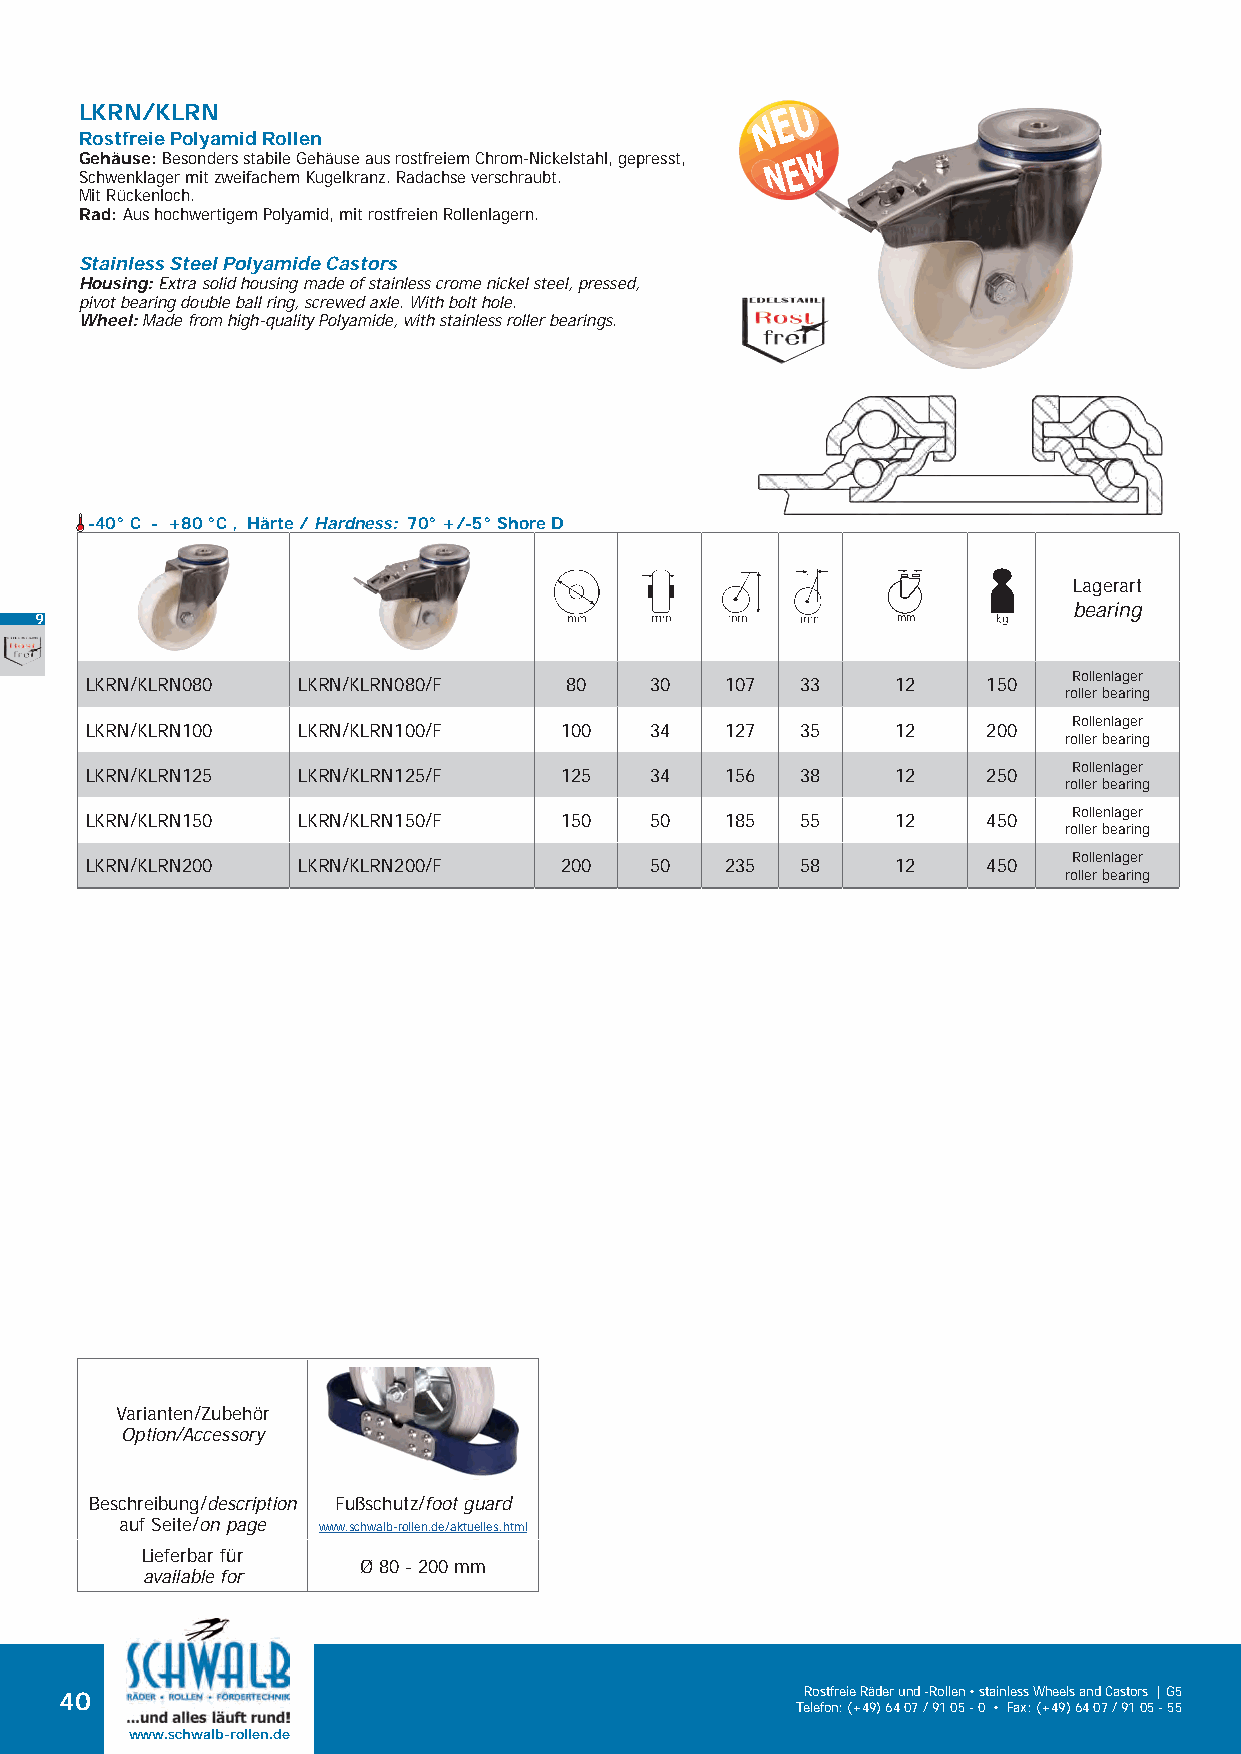
LKRN/KLRN
 Rostfreie Polyamid Rollen
 Gehäuse: Besonders stabile Gehäuse aus rostfreiem Chrom-Nickelstahl, gepresst,
 Schwenklager mit zweifachem Kugelkranz. Radachse verschraubt.
 Mit Rückenloch.
 Rad: Aus hochwertigem Polyamid, mit rostfreien Rollenlagern.
 Stainless Steel Polyamide Castors
 Housing: Extra solid housing made of stainless crome nickel steel, pressed,
 pivot bearing double ball ring, screwed axle. With bolt hole.
 Wheel: Made from high-quality Polyamide, with stainless roller bearings.
 -40° C - +80 °C , Härte / Hardness: 70° +/-5° Shore D
 Lagerart
 bearing
 9                                                        mm
 Rollenlager
 LKRN/KLRN080  LKRN/KLRN080/F   80    30   107  33    12    150
 roller bearing
 Rollenlager
 LKRN/KLRN100  LKRN/KLRN100/F   100   34   127  35    12    200
 roller bearing
 Rollenlager
 LKRN/KLRN125  LKRN/KLRN125/F   125   34   156  38    12    250
 roller bearing
 Rollenlager
 LKRN/KLRN150  LKRN/KLRN150/F   150   50   185  55    12    450
 roller bearing
 Rollenlager
 LKRN/KLRN200  LKRN/KLRN200/F   200   50   235  58    12    450
 roller bearing
 Varianten/Zubehör
 Option/Accessory
 Beschreibung/description Fußschutz/foot guard
 auf Seite/on page www.schwalb-rollen.de/aktuelles.html
 Lieferbar für
 Ø 80 - 200 mm
 available for
 40                                               Rostfreie Räder und -Rollen • stainless Wheels and Castors | G5
 Telefon: (+49) 64 07 / 91 05 - 0 • Fax: (+49) 64 07 / 91 05 - 55
 www.schwalb-rollen.de